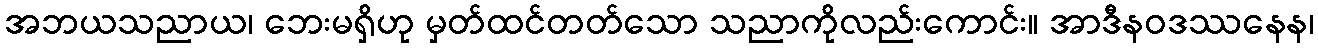
အဘယသညာယ၊ ဘေးမရှိဟု မှတ်ထင်တတ်သော သညာကိုလည်းကောင်း။ အာဒီနဝဒဿနေန၊